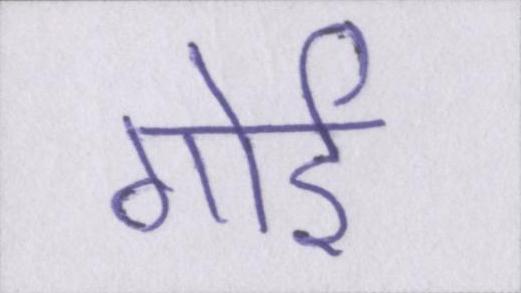
गोई